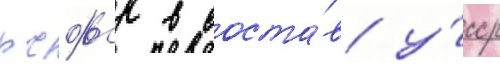
рсфср в соста́в у́сср